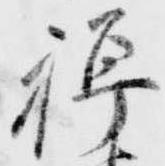
禅